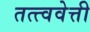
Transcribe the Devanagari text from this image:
तत्त्ववेत्ती